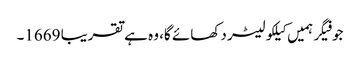
جو فیگر ہمیں کیلکولیٹر دکھائے گا، وہ ہے تقریبا 1669۔